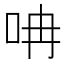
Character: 呥